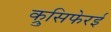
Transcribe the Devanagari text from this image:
क्रुसिफेरई